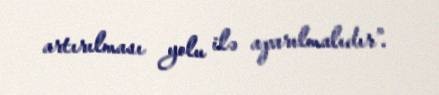
artırılması yolu ilə aparılmalıdır”.